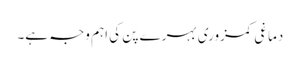
دماغی کمزوری بہرے پن کی اہم وجہ ہے۔